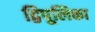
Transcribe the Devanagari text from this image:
द्विपूलिका